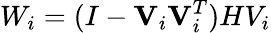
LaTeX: W_{i}=(I-\mathbf{V}_{i}\mathbf{V}_{i}^{T})HV_{i}